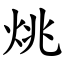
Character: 烑